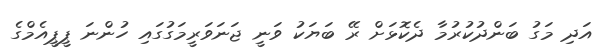
އަދި މަގު ބަންދުކުރުމާ ދެކޮޅަށް ރޭ ބަޔަކު ވަނީ ޖަނަވަރީމަގުގައި ހުންނަ ޕީޕީއެމްގެ